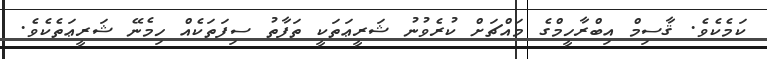
ކަމެކެވެ. ޤާސިމް އިބްރާހީމްގެ މައްޗަށް ކުރެވުނު ޝަރީޢަތަކީ ތަފާތު ސިފަތަކެއް ހިމެނޭ ޝަރީޢަތެކެވެ.